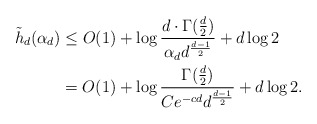
\begin{align*}\tilde h_d(\alpha_d) &\leq O(1) + \log\frac{d\cdot \Gamma(\frac{d}{2})}{\alpha_dd^{\frac{d-1}{2}}} + d\log 2 \\&= O(1) + \log\frac{\Gamma(\frac{d}{2})}{Ce^{-cd}d^{\frac{d-1}{2}}} + d\log 2.\end{align*}